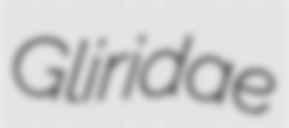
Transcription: Gliridae